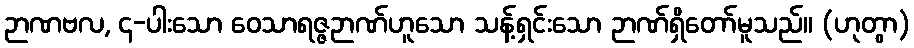
ဉာဏဗလ, ၄-ပါးသော ဝေသာရဇ္ဇဉာဏ်ဟူသော သန့်ရှင်းသော ဉာဏ်ရှိတော်မူသည်။ (ဟုတွာ)